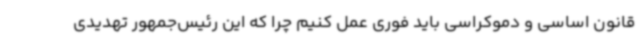
قانون اساسی و دموکراسی باید فوری عمل کنیم چرا که این رئیس‌جمهور تهدیدی